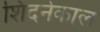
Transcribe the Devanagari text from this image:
शिदनेकाल